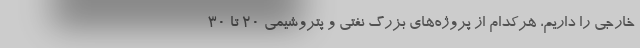
خارجی را داریم، هرکدام از پروژه‌های بزرگ نفتی و پتروشیمی 20 تا 30